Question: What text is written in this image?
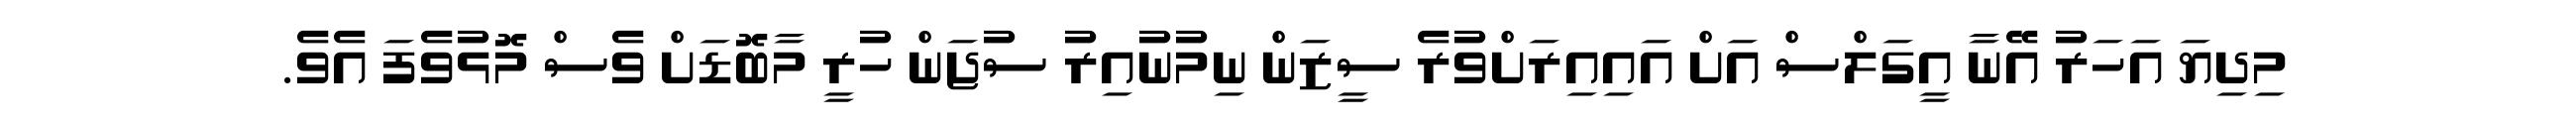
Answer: މިދިޔަ އަހަރު އޭނާ އީގަލްސް އަށް އައިއިރަށްވުރެ ސީޒަން ނިމުނުއިރު ސުޖަން ހުރީ މާބޮޑަށް ވެސް މޮޅުވެފަ އެވެ.